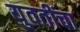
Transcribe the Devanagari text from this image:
युवतींचा